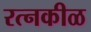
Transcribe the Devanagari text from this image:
रत्नकीळ